Rangoon Lunatic Asylum 1893-1897 - 1893-1897
Year: 1893
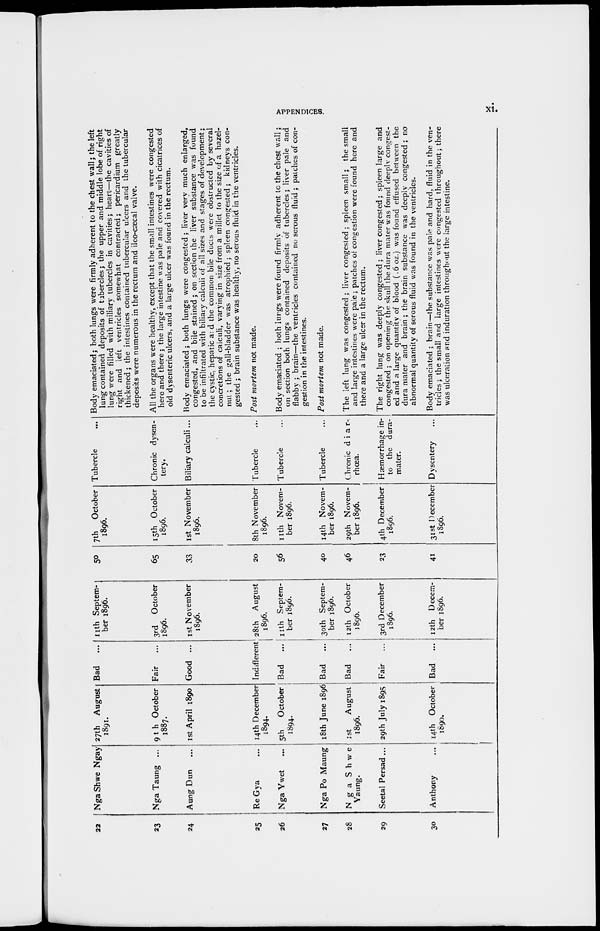
APPENDICES.
xi.
22
23
24
25
26
27
28
29
30
Nga Shwe Ngay
Nga Taung ...
Aung Dun ...
Re Gya ...
Nga Ywet ...
Nga Po Maung
Nga
Shwe
Yaung.
Seetal Persad ...
Anthony ...
27th August
1891.
9th October
1887.
1st April 1890
14th December
1894.
5th
October
1894.
18th June 1896
1st
August
1896.
29th July 1895
14th October
1890.
Bad ...
Fair ...
Good ...
Indifferent
Bad
...
Bad
...
Bad
...
Fair ...
Bad ...
11th Septem-
ber 1896.
3rd
October
1896.
1st November
1896.
28th August
1896.
11th Septem-
ber 1896.
30th Septem-
ber 1896.
12th October
1896.
3rd December
1896.
12th Decem-
ber 1896.
50
65
33
20
56
40
46
23
41
7th
October
1896.
15th October
1896.
1st November
1896.
8th November
1896.
11th Novem-
ber 1896.
14th Novem-
ber 1896.
29th Novem-
ber 1896.
4th December
1896.
31st December
1896.
Tubercle
...
Chronic dysen-
tery.
Biliary calculi...
Tubercle ...
Tubercle ...
Tubercle ...
Chronic d i a r-
rhœa.
Hæmorrhage in-
to the dura-
mater.
Dysentery ...
Body emaciated; both lungs were firmly adherent to the chest wall; the left
lung contained deposits of tubercles; the upper and middle lobe of right
lung were filled with miliary tubercles in cavities; heart—the cavities of
right and left ventricles somewhat contracted; pericardium greatly
thickened; the intestines contained tubercular ulcers and the tubercular
deposits were numerous in the rectum and ileo-cæcal valve.
All the organs were healthy, except that the small intestines were congested
here and there; the large intestine was pale and covered with cicatrices of
old dysenteric ulcers, and a large ulcer was found in the rectum.
Body emaciated; both lungs were congested; liver very much enlarged,
congested, and bile stained; on section the liver substance was found
to be infiltrated with biliary calculi of all sizes and stages of development;
the cystic, hepatic a; d the common bile ducts were obstructed by several
concretions of calculi, varying in size from a millet to the size of a hazel-
nut ; the gall-bladder was atrophied; spleen congested; kidneys con-
gested ; brain substance was healthy, no serous fluid in the ventricles.
Post mortem not made.
Body emaciated ; both lungs were found firmly adherent to the chest wall;
on section both lungs contained deposits of tubercles; liver pale and
flabby ; brain—the ventricles contained no serous fluid ; patches of con-
gestion in the intestines.
Post mortem not made.
The left lung was congested; liver congested; spleen small; the small
and large intestines were pale; patches of congestion were found here and
there and a large ulcer in the rectum.
The right lung was deeply congested; liver congested; spleen large and
congested ; on opening the skull the dura mater was found deeply congest-
ed and a large quantity of blood (.6 oz.) was found effused between the
dura mater and brain; the brain substance was deeply congested; no
abnormal quantity of serous fluid was found in the ventricles.
Body emaciated ; brain—the substance was pale and hard, fluid in the ven-
tricles; the small and large intestines were congested throughout; there
was ulceration and induration throughout the large intestine.